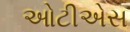
ઓટીએસ